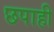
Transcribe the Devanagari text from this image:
छपाही